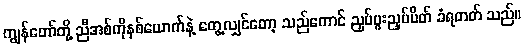
ကျွန်တော်တို့ ညီအစ်ကိုနှစ်ယောက်နဲ့ တွေ့လျှင်တော့ သည်ကောင် ညှပ်ပူးညှပ်ပိတ် ခံရတတ် သည်။